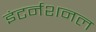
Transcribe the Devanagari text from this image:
इंटर्नशनल